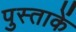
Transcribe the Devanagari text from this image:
पुस्ताकें